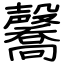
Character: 毊